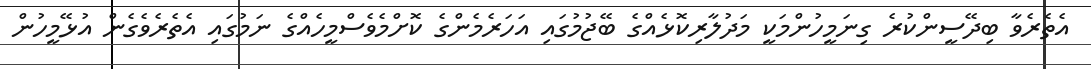
އެތެރެވާ ބިދޭސީންކުރެ ގިނަމީހުންމަކީ މަދުލާރިކޮޅެއްގެ ބޭޖުމުގައި އަހަރެމެންގެ ކޮށްމެވެސްމީހެއްގެ ނަމުގައި އެތެރެވެގެން އުޅޭމީހުން